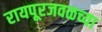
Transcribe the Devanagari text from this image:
रायपूरजवळच्या